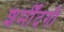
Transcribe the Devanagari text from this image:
शर्मींदगी